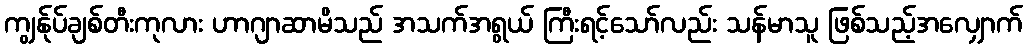
ကျွန်ုပ်ချစ်တီးကုလား ဟာဂျာဆာမိသည် အသက်အရွယ် ကြီးရင့်သော်လည်း သန်မာသူ ဖြစ်သည့်အလျှောက်